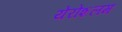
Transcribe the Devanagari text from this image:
येरोशलम